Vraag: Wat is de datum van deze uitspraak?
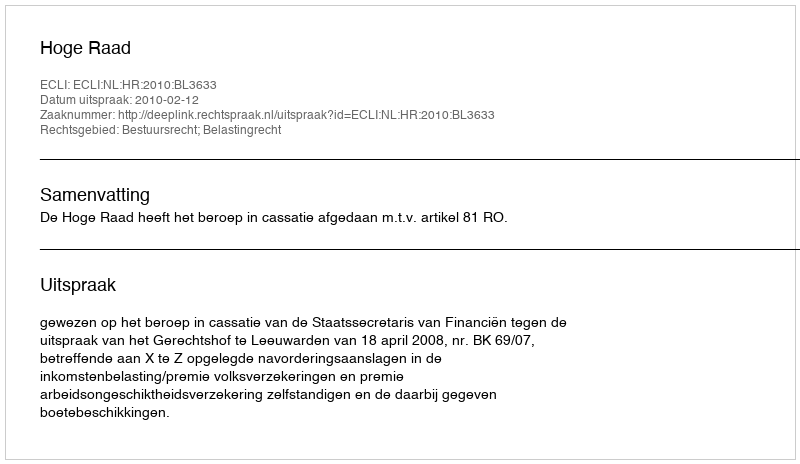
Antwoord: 2010-02-12